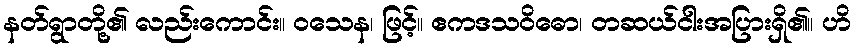
နတ်ရွာတို့၏ လည်းကောင်း။ ဝသေန၊ ဖြင့်။ ဧကဒသဝိဓော၊ တဆယ်ငါးအပြားရှိ၏။ ဟိ